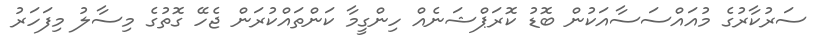
ސަރުކާރުގެ މުއައްސަސާއަކުން ބޮޑު ކޮރަޕްޝަނެއް ހިންގީމާ ކަންތައްކުރަން ޖެހޭ ގޮތުގެ މިސާލު މިފަހަރު